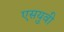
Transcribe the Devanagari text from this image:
एसयुवी